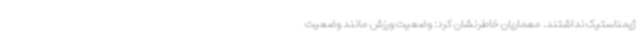
ژیمناستیک نداشتند. معماریان خاطرنشان کرد: وضعیت ورزش مانند وضعیت